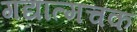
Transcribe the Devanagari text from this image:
गद्यात्मचक